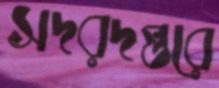
সদরদপ্তরে